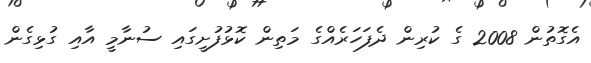
އެގޮތުން 2008 ގެ ކުރިން ދެފަހަރެއްގެ މަތިން ކޮޅުފުށީގައި ސުނާމީ އާއި ގުޅިގެން